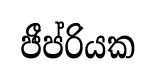
ජීප්රියක